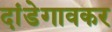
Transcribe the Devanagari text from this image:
दांडेगावकर